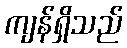
ကျန်ရှိသည်